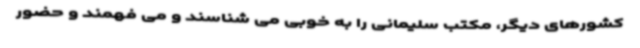
کشورهای دیگر، مکتب سلیمانی را به خوبی می شناسند و می فهمند و حضور